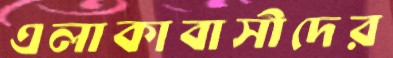
এলাকাবাসীদের